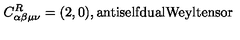
C _ { \alpha \beta \mu \nu } ^ { R } = ( 2 , 0 ) , \mathrm { a n t i s e l f d u a l W e y l t e n s o r }